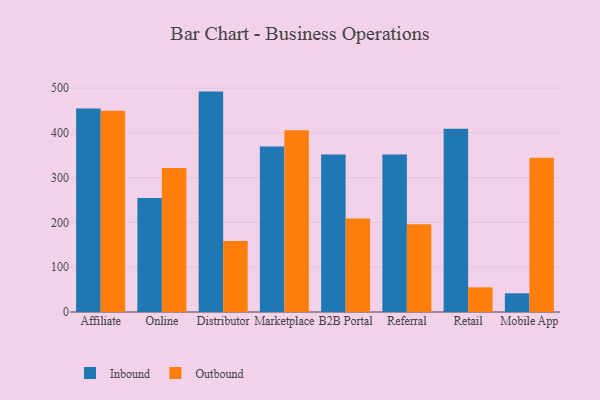
{"axis": {"x": "Channel", "y": "Inventory Turnover"}, "legend": ["Inbound", "Outbound"], "data": [{"x": "Affiliate", "y": 454.1, "type": "Inbound"}, {"x": "Affiliate", "y": 449.6, "type": "Outbound"}, {"x": "Online", "y": 254.6, "type": "Inbound"}, {"x": "Online", "y": 321.4, "type": "Outbound"}, {"x": "Distributor", "y": 492.1, "type": "Inbound"}, {"x": "Distributor", "y": 158.8, "type": "Outbound"}, {"x": "Marketplace", "y": 369.4, "type": "Inbound"}, {"x": "Marketplace", "y": 405.7, "type": "Outbound"}, {"x": "B2B Portal", "y": 351.4, "type": "Inbound"}, {"x": "B2B Portal", "y": 208.5, "type": "Outbound"}, {"x": "Referral", "y": 351.6, "type": "Inbound"}, {"x": "Referral", "y": 195.9, "type": "Outbound"}, {"x": "Retail", "y": 408.9, "type": "Inbound"}, {"x": "Retail", "y": 55.1, "type": "Outbound"}, {"x": "Mobile App", "y": 41.8, "type": "Inbound"}, {"x": "Mobile App", "y": 344.6, "type": "Outbound"}]}